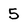
Character: 5